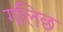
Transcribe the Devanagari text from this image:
गलिछ